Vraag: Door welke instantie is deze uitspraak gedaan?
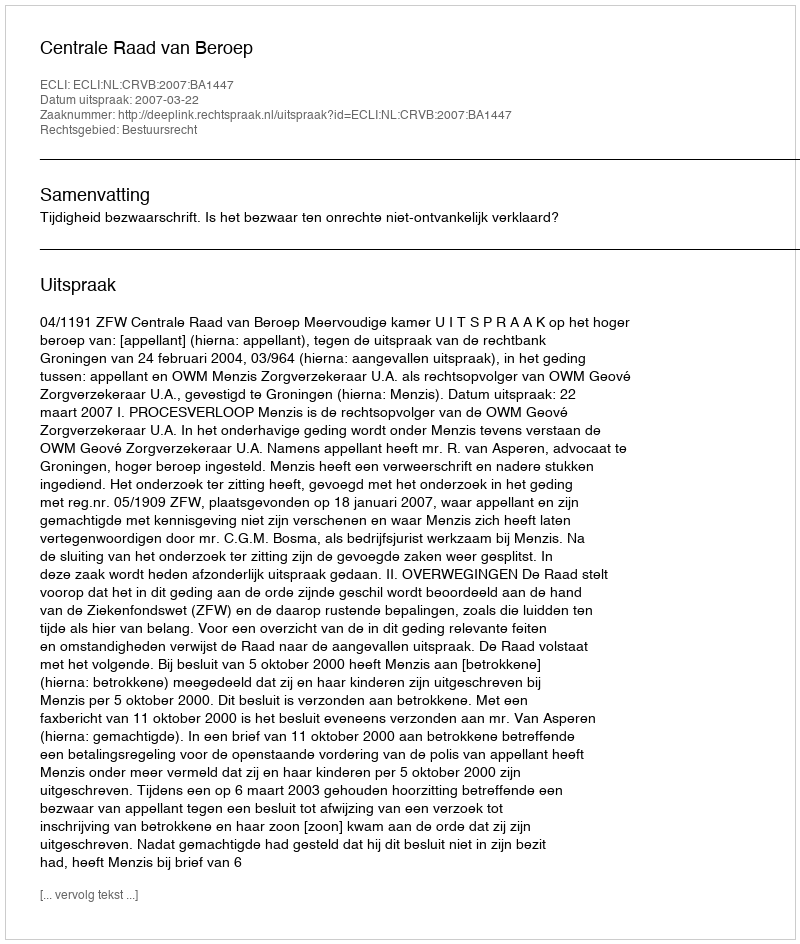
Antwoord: Centrale Raad van Beroep